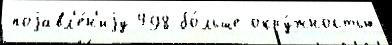
поjавл'е́н'иjу 498 бо́льше окру́жностью